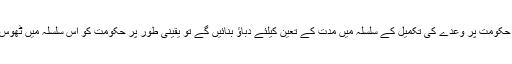
ان حالات میں اگر مسلم رائے دہندے حکومت پر وعدے کی تکمیل کے سلسلہ میں مدت کے تعین کیلئے دباؤ بنائیں گے تو یقینی طور پر حکومت کو اس سلسلہ میں ٹھوس اقدامات کیلئے مجبور ہونا پڑے گا ۔